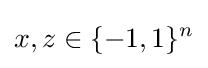
x,z\in \{-1,1\}^{n}